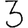
Digit: 3